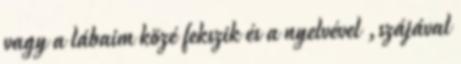
vagy a lábaim közé fekszik és a nyelvével ,szájával